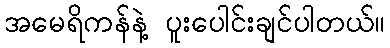
အမေရိကန်နဲ့ ပူးပေါင်းချင်ပါတယ်။